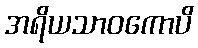
အရိယသာဝကောပိ